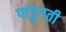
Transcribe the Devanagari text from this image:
पांडुगती